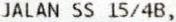
JALAN SS 15/4B,